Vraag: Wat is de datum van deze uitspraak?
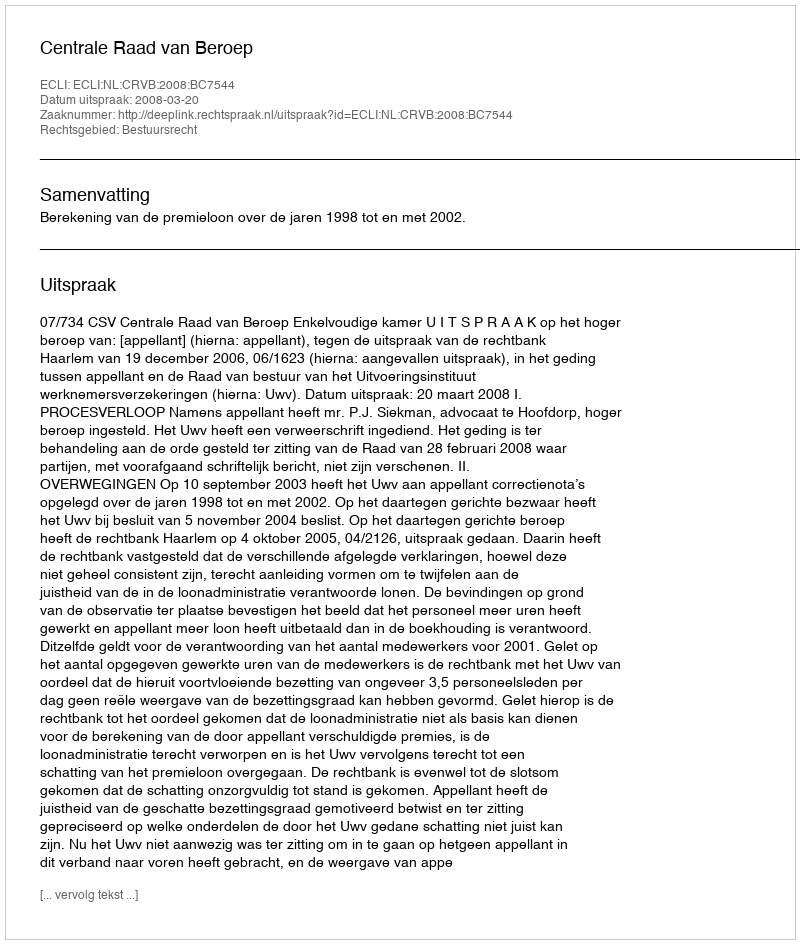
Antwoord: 2008-03-20